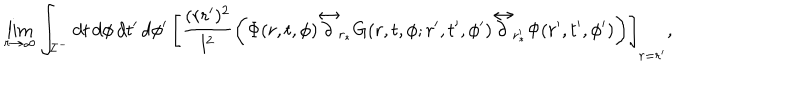
\lim _ { r \to \infty } \int _ { { \cal I } ^ { - } } d t \, d \phi \, d t ^ { \prime } \, d \phi ^ { \prime } \, \left[ \frac { ( r r ^ { \prime } ) ^ { 2 } } { l ^ { 2 } } \left( \Phi ( r , t , \phi ) { \frac { \buildrel \leftrightarrow } { \partial _ { r _ { \ast } } } } G ( r , t , \phi ; r ^ { \prime } , t ^ { \prime } , \phi ^ { \prime } ) { \frac { \buildrel \leftrightarrow } { \partial _ { r _ { \ast } ^ { \prime } } } } \Phi ( r ^ { \prime } , t ^ { \prime } , \phi ^ { \prime } ) \right) \right] _ { r = r ^ { \prime } } ,